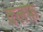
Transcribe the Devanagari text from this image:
क्लफ़